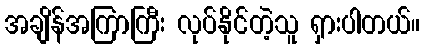
အချိန်အကြာကြီး လုပ်နိုင်တဲ့သူ ရှားပါတယ်။